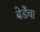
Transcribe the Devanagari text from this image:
बेर्डेंचा